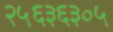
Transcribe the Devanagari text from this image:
२५६३६३०५